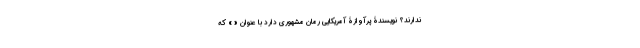
ندارند؟ نویسندۀ پرآوازۀ آمریکایی رُمان مشهوری دارد با عنوان « » که